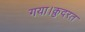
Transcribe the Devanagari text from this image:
गया।क़ुदरत